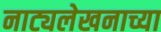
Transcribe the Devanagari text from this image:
नाट्यलेखनाच्या